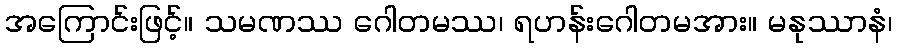
အကြောင်းဖြင့်။ သမဏဿ ဂေါတမဿ၊ ရဟန်းဂေါတမအား။ မနုဿာနံ၊